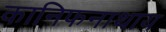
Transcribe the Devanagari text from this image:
कानिफनाथाय